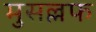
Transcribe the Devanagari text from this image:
मुसल्लफ